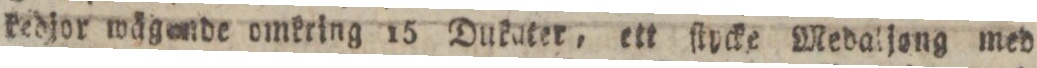
kedjor wägende omkring 15 Dukater, ett ſtycke Medaljong med